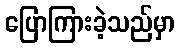
ပြောကြားခဲ့သည်မှာ